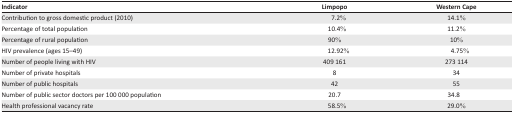
| Indicator | Limpopo | Western Cape |
 | --- | --- | --- |
 | Contribution to gross domestic product (2010) | 7.2% | 14.1% |
 | Percentage of total population | 10.4% | 11.2% |
 | Percentage of rural population | 90% | 10% |
 | HIV prevalence (ages 15–49) | 12.92% | 4.75% |
 | Number of people living with HIV | 409 161 | 273 114 |
 | Number of private hospitals | 8 | 34 |
 | Number of public hospitals | 42 | 55 |
 | Number of public sector doctors per 100 000 population | 20.7 | 34.8 |
 | Health professional vacancy rate | 58.5% | 29.0% |